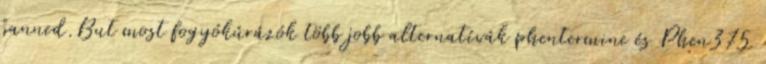
banned.But most fogyókúrázók több jobb alternatívák phentermine és Phen375